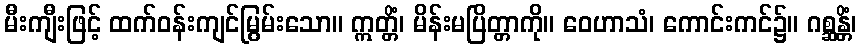
မီးကျီးဖြင့် ထက်ဝန်းကျင်မြွမ်းသော။ ဣတ္တိံ၊ မိန်းမပြိတ္တာကို။ ဝေဟာသံ၊ ကောင်းကင်၌။ ဂစ္ဆန္တိံ၊